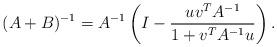
LaTeX: \begin{align*}(A+B)^{-1}=A^{-1}\left(I-\frac{ uv^T A^{-1}}{1+ v^TA^{-1} u}\right).\end{align*}